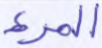
المرء